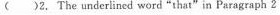
2. The underlined word “that" in Paragraph 2